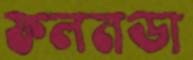
ফলনডা